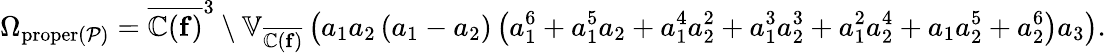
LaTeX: \Omega_{\mathrm{proper}(\mathcal{P})}=\overline{{\mathbb{C}(\mathbf{f})}}^{3}\setminus\mathbb{V}_{\overline{{\mathbb{C}(\mathbf{f})}}}\left(a_{1}a_{2}\left(a_{1}-a_{2}\right)\left(a_{1}^{6}+a_{1}^{5}a_{2}+a_{1}^{4}a_{2}^{2}+a_{1}^{3}a_{2}^{3}+a_{1}^{2}a_{2}^{4}+a_{1}a_{2}^{5}+a_{2}^{6}\right)a_{3}\right).